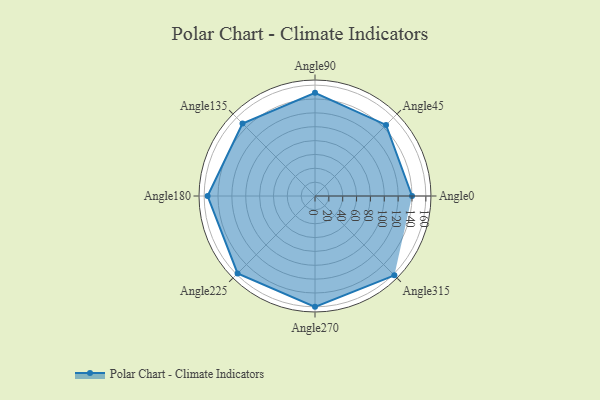
{"axis": {"x": "Angle", "y": "Radius"}, "legend": [""], "data": [{"x": "Angle0", "y": 140.0, "type": ""}, {"x": "Angle45", "y": 145.0, "type": ""}, {"x": "Angle90", "y": 149.0, "type": ""}, {"x": "Angle135", "y": 148.0, "type": ""}, {"x": "Angle180", "y": 155.0, "type": ""}, {"x": "Angle225", "y": 158.0, "type": ""}, {"x": "Angle270", "y": 160.0, "type": ""}, {"x": "Angle315", "y": 162.0, "type": ""}]}